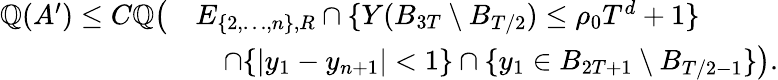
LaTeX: \begin{array}{rl}{\mathbb Q(A^{\prime})\leq C\mathbb Q\big(}&{E_{\{ 2,\ldots,n\} ,R}\cap\{ Y(B_{3T}\setminus B_{T/2})\leq\rho_{0}T^{d}+1\} }\\ &{\quad\cap\{ |y_{1}-y_{n+1}|<1\} \cap\{ y_{1}\in B_{2T+1}\setminus B_{T/2-1}\} \big).}\end{array}